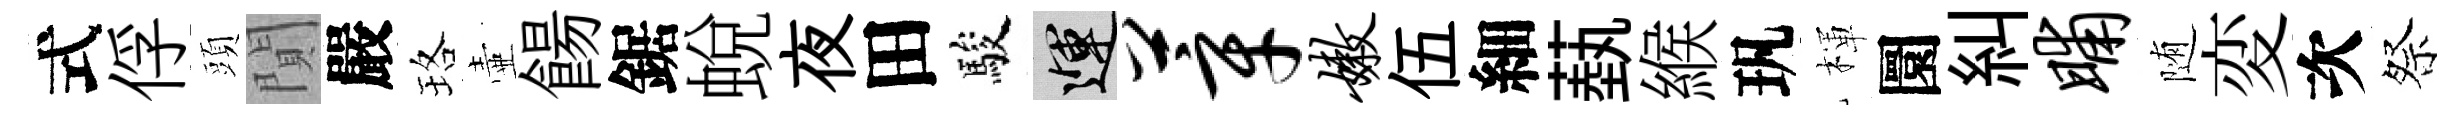
式俘頭閴嚴珞壷餳鋸蛻夜田駿運莘嫩伍細蓺緱㺬楎圜糾晡随変次祭